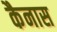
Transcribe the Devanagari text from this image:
कैनास